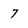
Character: 7